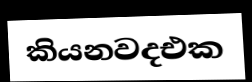
කියනවදඑක